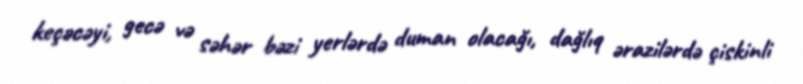
keçəcəyi, gecə və səhər bəzi yerlərdə duman olacağı, dağlıq ərazilərdə çiskinli